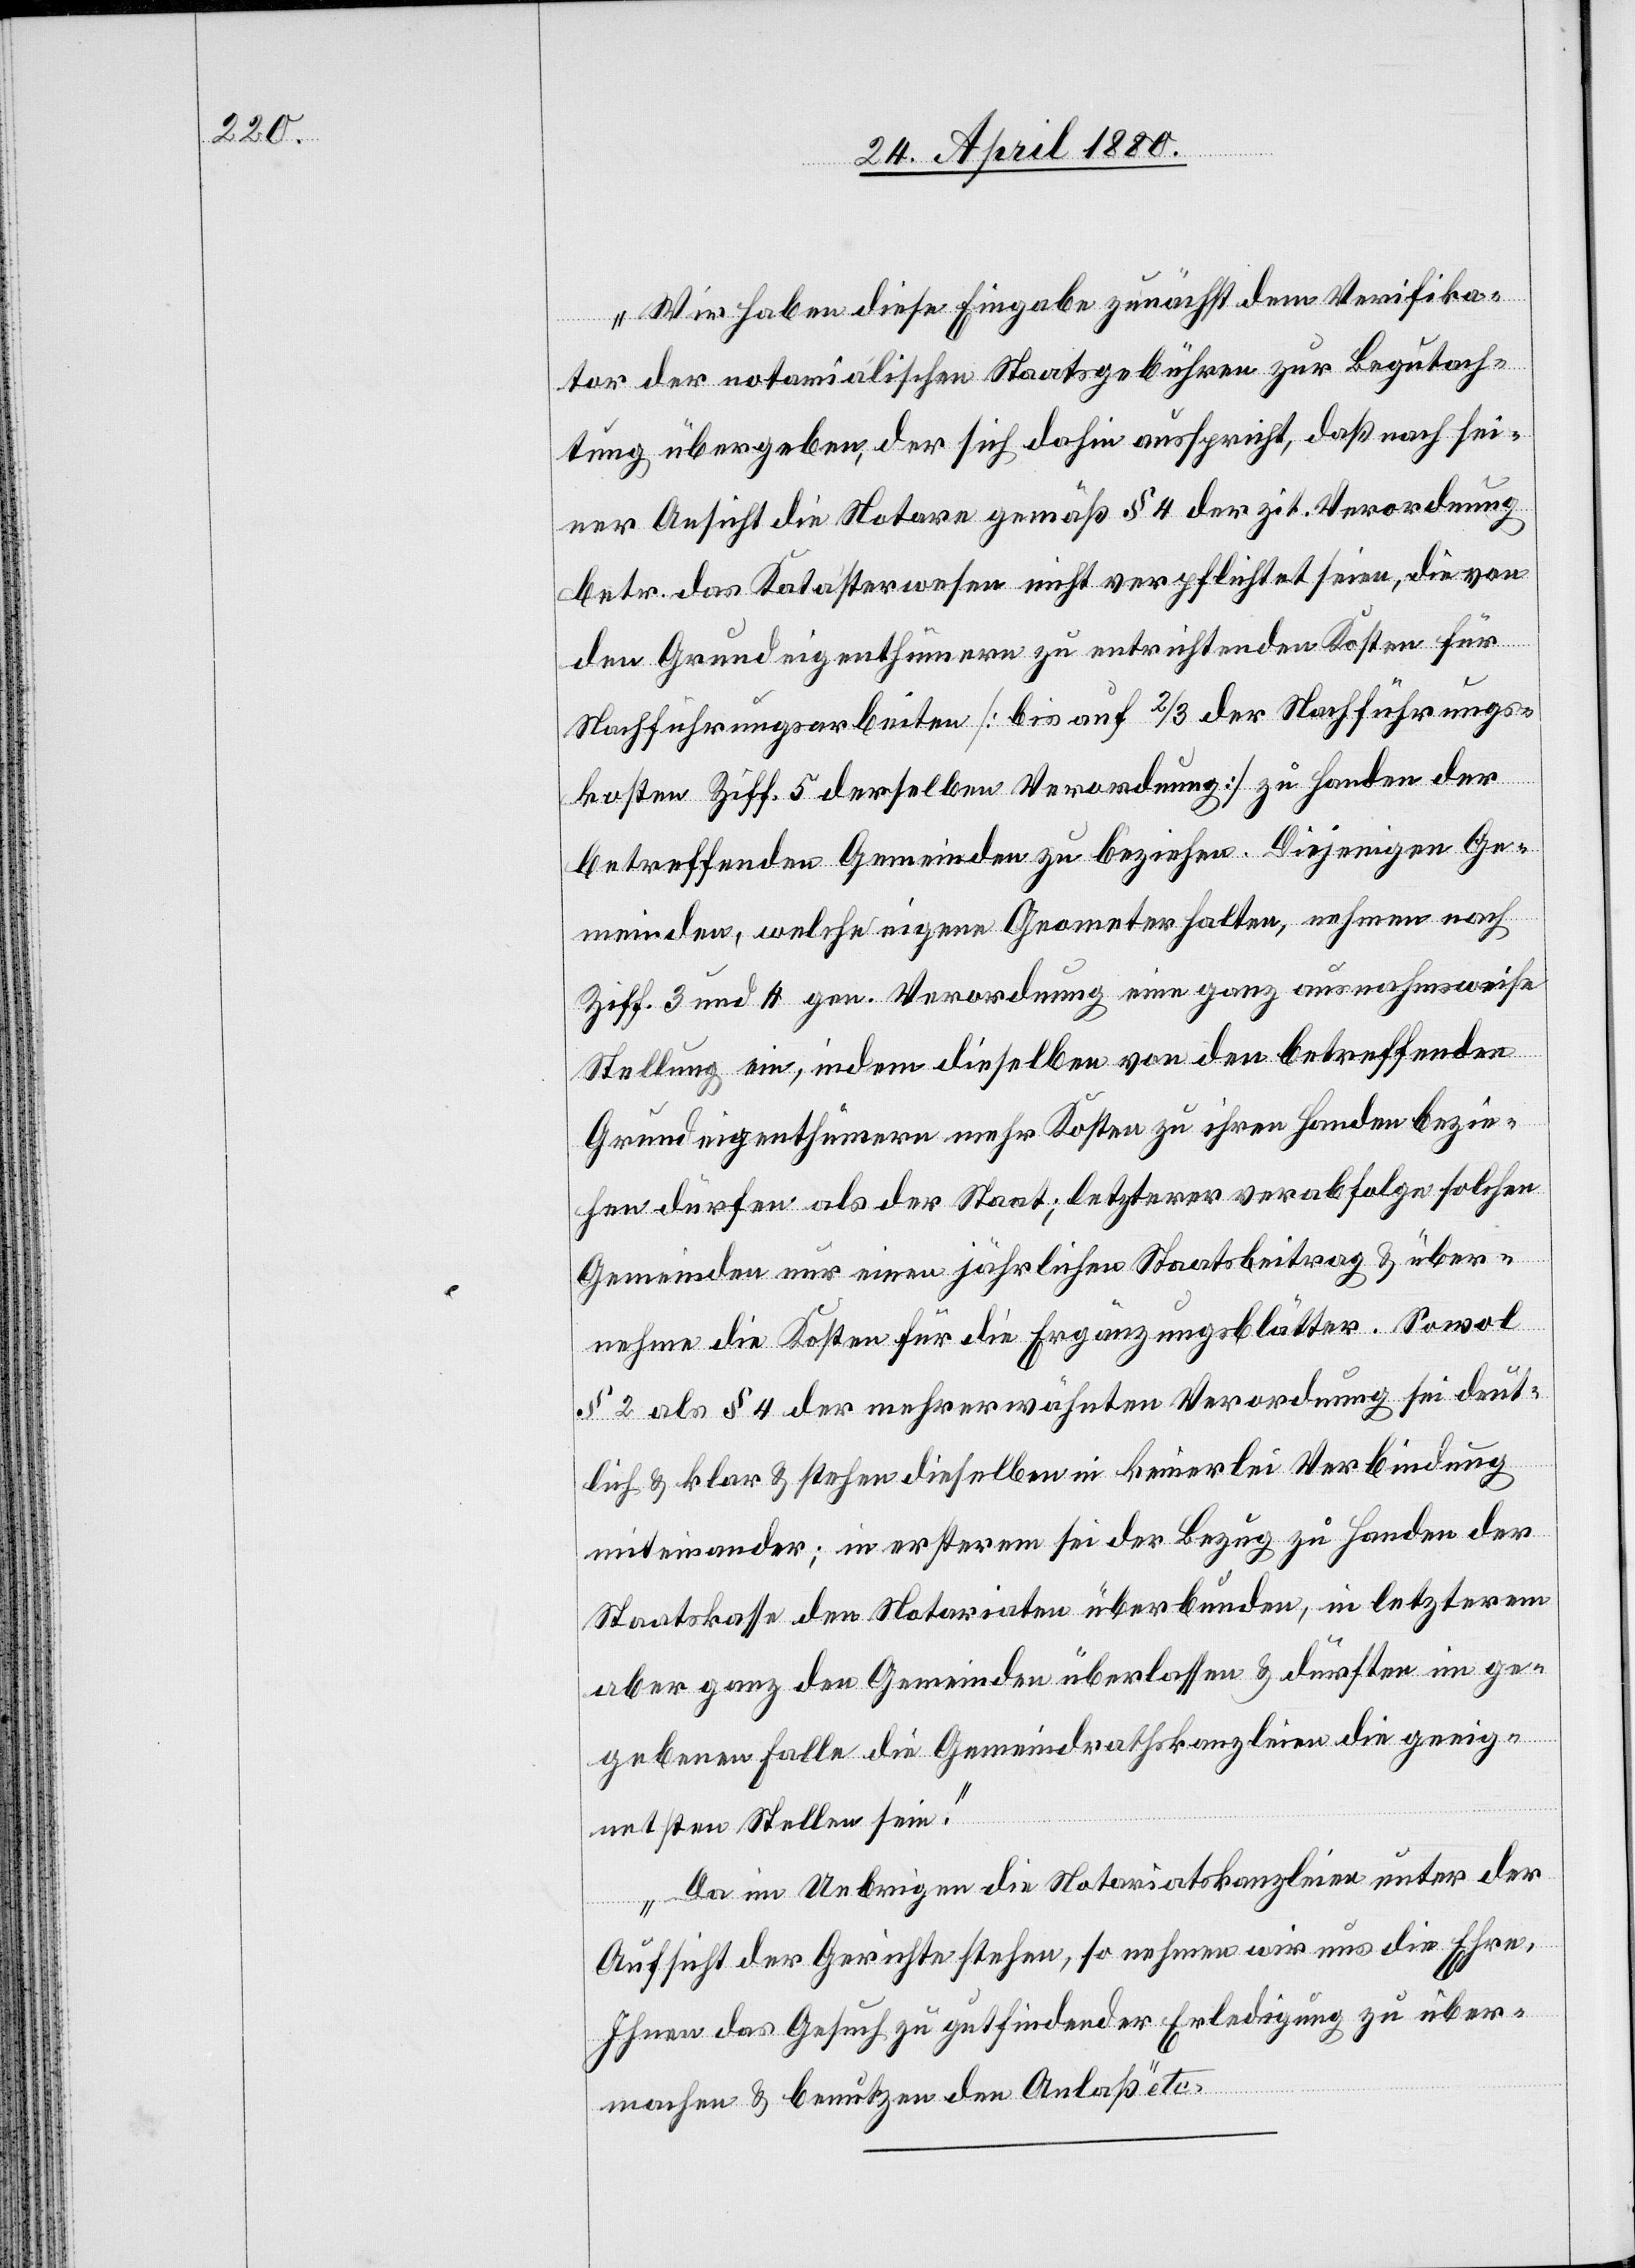
Wir haben diese Eingabe zunächst dem Verifika¬
tor der notarialischen Staatsgebühren zur Begutach¬
tung übergeben, der sich dahin ausspricht, daß nach sei¬
ner Ansicht die Notare gemäß § 4 der zit. Verordnung
betr. das Katasterwesen nicht verpflichtet seien, die von
den Grundeigenthümern zu entrichtenden Kosten für
Nachführungsarbeiten [bis auf 2/3 der Nachführungs¬
kosten Ziff. 5 derselben Verordnung] zu Handen der
betreffenden Gemeinden zu beziehen. Diejenigen Ge¬
meinden, welche eigene Geometer halten, nehmen nach
Ziff. 3 und 4 gen. [sic!] Verordnung eine ganz ausnahmsweise
Stellung ein, indem dieselben von den betreffenden
Grundeigenthümern mehr Kosten zu ihren Handen bezie¬
hen dürfen als der Staat; letzterer verabfolge solchen
Gemeinden nur einen jährlichen Staatsbeitrag & über¬
nehme die Kosten für die Ergänzungsblätter. Sowol
§ 2 als § 4 der mehrerwähnten Verordnung sei deut¬
lich & klar & stehen dieselben in keinerlei Verbindung
miteinander; in ersterem sei der Bezug zu Handen der
Staatskasse den Notariaten überbunden, in letzterem
aber ganz den Gemeinden überlassen & dürften im ge¬
gebenen Falle die Gemeindrathskanzleien die geeig¬
netsten Stellen sein.
Da im Uebrigen die Notariatskanzleien unter der
Aufsicht der Gerichte stehen, so nehmen wir uns die Ehre,
Ihnen das Gesuch zu gutfindender Erledigung zu über¬
machen & benutzen den Anlaß“ etc.